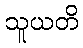
သူယတိ